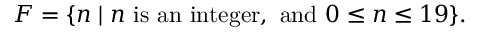
F = \{ n \mid n { \mathrm { ~ i s ~ a n ~ i n t e g e r , ~ a n d ~ } } 0 \leq n \leq 1 9 \} .